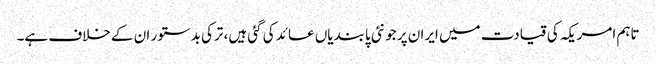
تاہم امریکہ کی قیادت میں ایران پر جو نئی پابندیاں عائد کی گئی ہیں، ترکی بدستور ان کے خلاف ہے۔